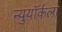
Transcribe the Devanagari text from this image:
न्युयॉर्कला